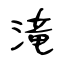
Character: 滝